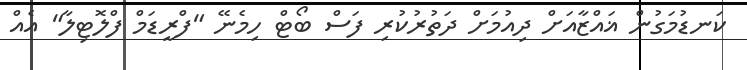
ކަނޑުމަގުން ޣައްޒާއަށް ދިއުމަށް ދަތުރުކުރި ފަސް ބޯޓް ހިމެނޭ "ފްރީޑަމް ފްލޮޓިލާ" އެއް